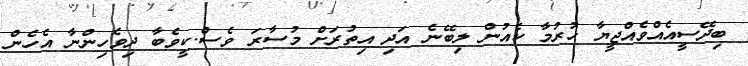
ބިދޭސީއެއްވެއްޖީޔާ ހުރުމާ ކެއުން ލިބޭނެ އަދި އިތުރަށް މުސާރަ ވެސް.ކީވެބާ ދިވެހިންނާ އެހެން